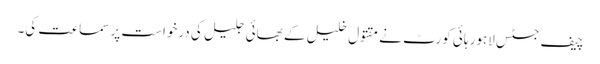
چیف جسٹس لاہور ہائی کورٹ نے مقتول خلیل کے بھائی جلیل کی درخواست پر سماعت کی۔